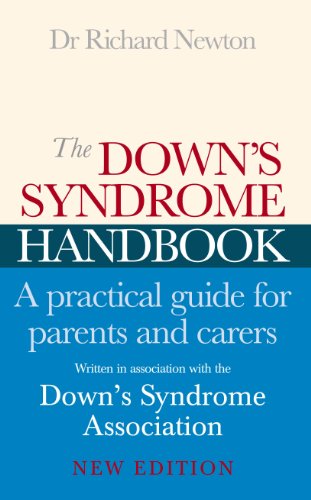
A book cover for The Down's Syndrome Handbook: A Practical Guide for Parents and Carers; Dr. Richard Newton; Health, Fitness & Dieting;